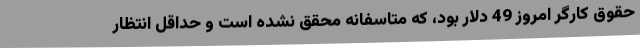
حقوق کارگر امروز 49 دلار بود، که متاسفانه محقق نشده است و حداقل انتظار